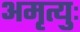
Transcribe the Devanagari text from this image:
अमृत्युः